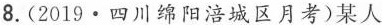
8.(2019·四川绵阳涪城区月考)某人